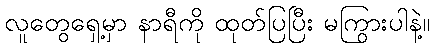
လူတွေရှေ့မှာ နာရီကို ထုတ်ပြပြီး မကြွားပါနဲ့။